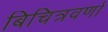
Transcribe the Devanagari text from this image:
बिचित्रवर्णा